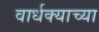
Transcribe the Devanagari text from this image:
वार्धक्याच्या